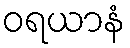
ဝရယာနံ